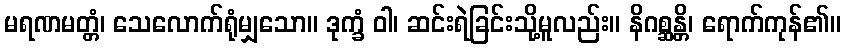
မရဏမတ္တံ၊ သေလောက်ရုံမျှသော။ ဒုက္ခံ ဝါ၊ ဆင်းရဲခြင်းသို့မူလည်း။ နိဂစ္ဆန္တိ၊ ရောက်ကုန်၏။